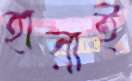
হারাই